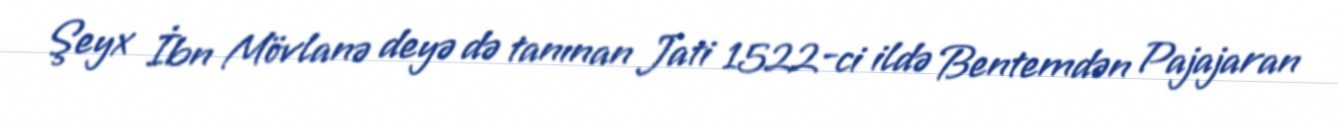
Şeyx İbn Mövlanə deyə də tanınan Jati 1522-ci ildə Bentemdən Pajajaran